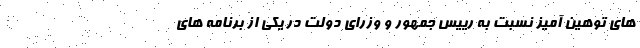
های توهین آمیز نسبت به رییس جمهور و وزرای دولت در یکی از برنامه های